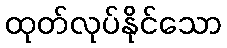
ထုတ်လုပ်နိုင်သော